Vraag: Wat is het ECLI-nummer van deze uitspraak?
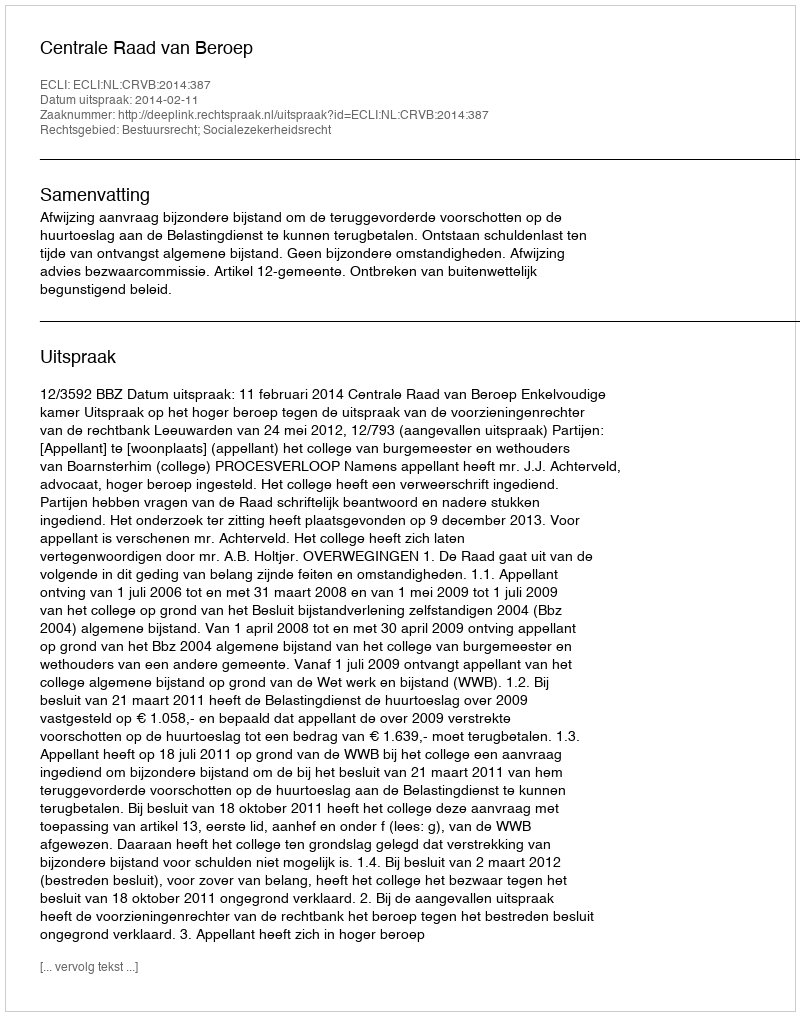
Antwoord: ECLI:NL:CRVB:2014:387